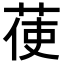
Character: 𦲺